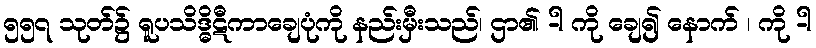
၅၅၇ သုတ်၌ ရူပသိဒ္ဓိဋီကာချေပုံကို နည်းမှီးသည်၊ ဌာ၏ -ါ ကို ချေ၍ နောက် ၊ ကို -ါ